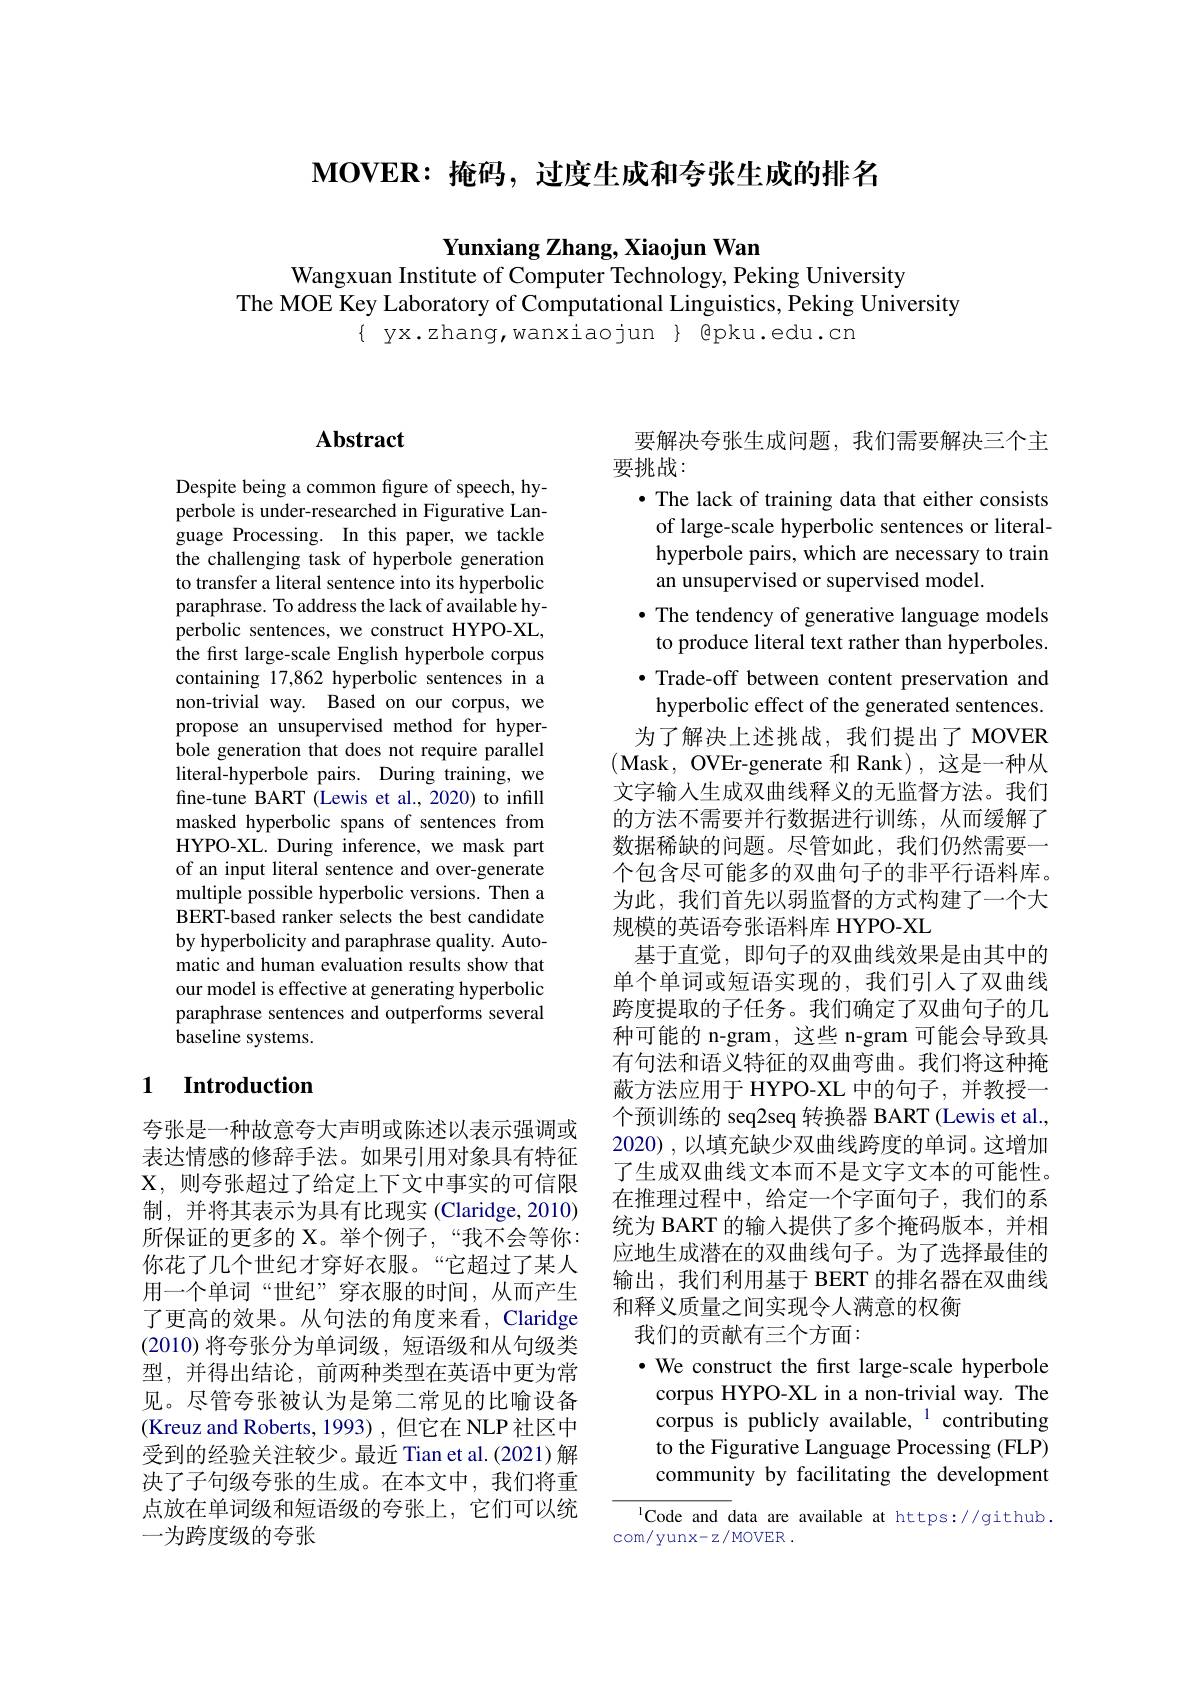
$\mathbf{MOVER:}$掩码，过度生成和夸张生成的排名

Yunxiang Zhang, Xiaojun Wan
Wangxuan Institute of Computer Technology, Peking University

The MOE Key Laboratory of Computational Linguistics, Peking University
$\{$ yx.zhang, wanxiaojun $\}$ epku.edu.cn

## Abstract

Despite being a common figure of speech, hyperbole is under-researched in Figurative Language Processing. In this paper, we tackle the challenging task of hyperbole generation to transfer a literal sentence into its hyperbolic paraphrase. To address the lack of available hyperbolic sentences, we construct HYPO-XL, the first large-scale English hyperbole corpus containing 17,862 hyperbolic sentences in a non-trivial way. Based on our corpus, we propose an unsupervised method for hyperbole generation that does not require parallel literal-hyperbole pairs. During training, we fine-tune BART (Lewis et al., 2020) to infill masked hyperbolic spans of sentences from HYPO-XL. During inference, we mask part of an input literal sentence and over-generate multiple possible hyperbolic versions. Then a BERT-based ranker selects the best candidate by hyperbolicity and paraphrase quality. Automatic and human evaluation results show that our model is effective at generating hyperbolic paraphrase sentences and outperforms several baseline systems.

## 1 $\textbf{Introduction}$

夸张是一种故意夸大声明或陈述以表示强调或表达情感的修辞手法。如果引用对象具有特征X, 则夸张超过了给定上下文中事实的可信限制，并将其表示为具有比现实 (Claridge,2010) 所保证的更多的 X。举个例子，“我不会等你： 你花了几个世纪才穿好衣服。“它超过了某人用一个单词“世纪”穿衣服的时间，从而产生了更高的效果。从句法的角度来看，Claridge (2010)将夸张分为单词级，短语级和从句级类型，并得出结论，前两种类型在英语中更为常见。尽管夸张被认为是第二常见的比喻设备(Kreuz and Roberts, 1993) ,但它在 NLP 社区中受到的经验关注较少。最近 Tian et al.(2021)解决了子句级夸张的生成。在本文中，我们将重点放在单词级和短语级的夸张上，它们可以统一为跨度级的夸张

要解决夸张生成问题，我们需要解决三个主
要挑战：
· The lack of training data that either consists
of large-scale hyperbolic sentences or literalhyperbole pairs, which are necessary to train an unsupervised or supervised model.
· The tendency of generative language models to produce literal text rather than hyperboles.
·Trade-off between content preservation and
hyperbolic effect of the generated sentences. 为了解决上述挑战，我们提出了MOVER
(Mask, OVEr-generate 和 Rank),这是一种从文字输入生成双曲线释义的无监督方法。我们的方法不需要并行数据进行训练，从而缓解了数据稀缺的问题。尽管如此，我们仍然需要一个包含尽可能多的双曲句子的非平行语料库。为此，我们首先以弱监督的方式构建了一个大规模的英语夸张语料库 HYPO-XL
基于直觉，即句子的双曲线效果是由其中的单个单词或短语实现的，我们引入了双曲线跨度提取的子任务。我们确定了双曲句子的几种可能的 n-gram ,这些 n-gram 可能会导致具有句法和语义特征的双曲弯曲。我们将这种掩蔽方法应用于 HYPO-XL 中的句子，并教授一个预训练的 seq2seq 转换器 BART (Lewis et al., 2020) ,以填充缺少双曲线跨度的单词。这增加了生成双曲线文本而不是文字文本的可能性。在推理过程中，给定一个字面句子，我们的系统为 BART 的输入提供了多个掩码版本，并相应地生成潜在的双曲线句子。为了选择最佳的输出，我们利用基于 BERT 的排名器在双曲线和释义质量之间实现令人满意的权衡
我们的贡献有三个方面：
$\cdot$ We construct the first large-scale hyperbole
corpus HYPO-XL in a non-trivial way. The corpus is publicly available, $^{1}$ contributing to the Figurative Language Processing (FLP) community by facilitating the development

$^{1}$Code and data are available at https://github.
com/yunx-z/MOVER .